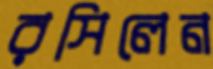
রসিলেন